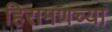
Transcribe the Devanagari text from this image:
हिरामणच्या